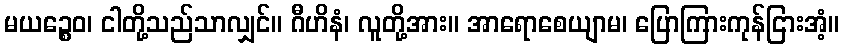
မယဉ္စေဝ၊ ငါတို့သည်သာလျှင်။ ဂီဟိနံ၊ လူတို့အား။ အာရောစေယျာမ၊ ပြောကြားကုန်ငြားအံ့။